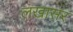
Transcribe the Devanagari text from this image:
लखासर